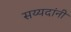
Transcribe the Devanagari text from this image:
सय्यदांनी